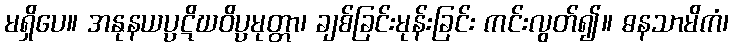
မရှိပေ။ အနုနယပ္ပဋိဃဝိပ္ပမုတ္တာ၊ ချစ်ခြင်းမုန်းခြင်း ကင်းလွတ်၍။ ဓနသာမိကံ၊